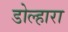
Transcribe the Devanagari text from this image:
डोल्हारा